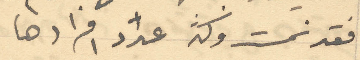
فقد نمت وكثر عدد افرادها